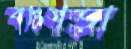
বাংগড়া